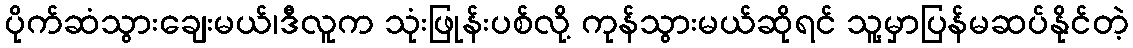
ပိုက်ဆံသွားချေးမယ်၊ဒီလူက သုံးဖြုန်းပစ်လို့ ကုန်သွားမယ်ဆိုရင် သူ့မှာပြန်မဆပ်နိုင်တဲ့